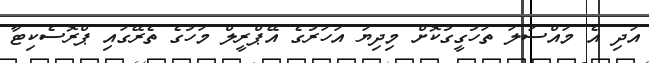
އަދި އެ މައްސަލަ ތަހުގީގުކޮށް މިދިޔަ އަހަރުގެ އޭޕްރީލް މަހުގެ ތެރޭގައި ޕްރޮސެކިޓާ